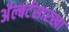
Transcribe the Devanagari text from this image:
अॅल्बर्टसारखा